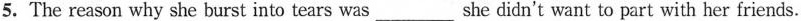
5. The reason why she burst into tears was ___ she didn't want to part with her friends.